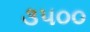
૩૫૦૦